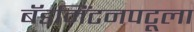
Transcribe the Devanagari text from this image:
बॅडमिंटनपटूला